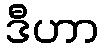
ဒီဟာ